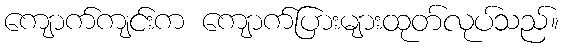
ကျောက်ကျင်းက ကျောက်ပြားများထုတ်လုပ်သည်။